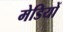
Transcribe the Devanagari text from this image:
मेडियों